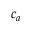
c _ { a }